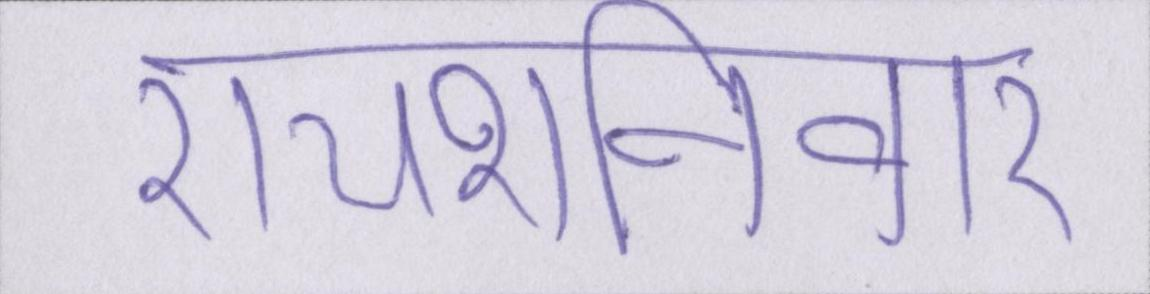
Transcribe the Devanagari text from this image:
रायशनिवार